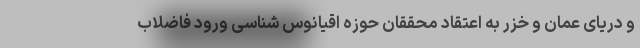
و دریای عمان و خزر به اعتقاد محققان حوزه اقیانوس شناسی ورود فاضلاب